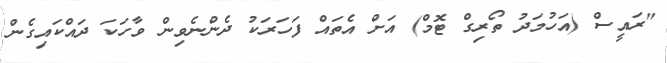
"ރައީސް (އަހުމަދު ތޯރިގް ޓޮމް) އަށް އެތައް ފަަހަރަކު ދެންނެވިން ވާހަކަ ދައްކައިގެން